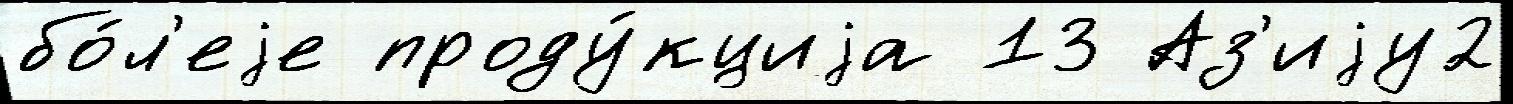
бо́л'еjе проду́кциjа 13 Аз'иjу2